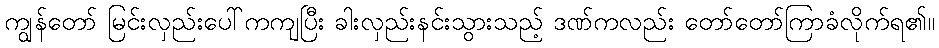
ကျွန်တော် မြင်းလှည်းပေါ်ကကျပြီး ခါးလှည်းနင်းသွားသည့် ဒဏ်ကလည်း တော်တော်ကြာခံလိုက်ရ၏။